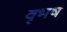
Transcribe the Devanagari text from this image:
वृभष